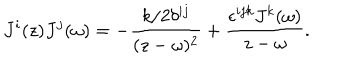
J ^ { i } ( z ) J ^ { j } ( \omega ) = - \frac { k / 2 \delta ^ { i j } } { ( z - \omega ) ^ { 2 } } + \frac { \epsilon ^ { i j k } J ^ { k } ( \omega ) } { z - \omega } .